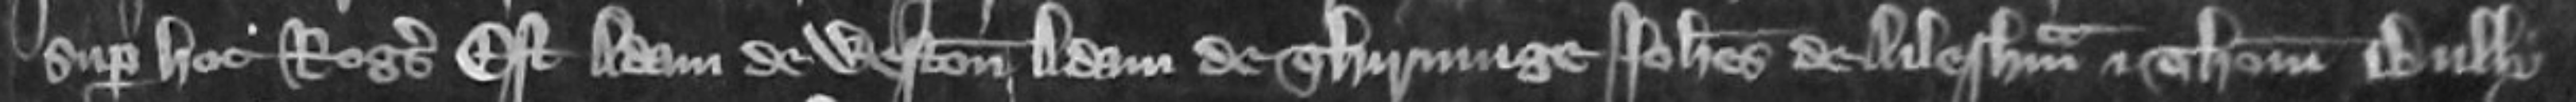
super hoc Rogerus Est Adam de Weston Adam de Thirninge Johannes de Ailesham et Thomas Bully